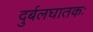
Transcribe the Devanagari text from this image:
दुर्बलघातकः